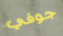
جوفي